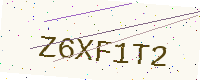
Text: Z6XF1T2